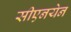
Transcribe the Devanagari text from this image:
सीएनयेन